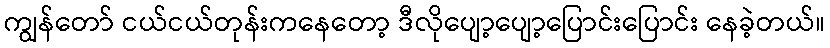
ကျွန်တော် ငယ်ငယ်တုန်းကနေတော့ ဒီလိုပျော့ပျော့ပြောင်းပြောင်း နေခဲ့တယ်။